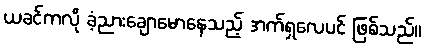
ယခင်ကလို ခံ့ညားချောမောနေသည့် အက်ရှလေပင် ဖြစ်သည်။